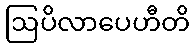
ဩပိလာပေဟီတိ